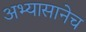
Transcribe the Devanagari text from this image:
अभ्यासानेच